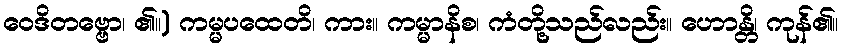
ဝေဒိတဗ္ဗော၊ ၏။) ကမ္မပထေတိ၊ ကား။ ကမ္မာနိစ၊ ကံတို့သည်လည်း။ ဟောန္တိ၊ ကုန်၏။